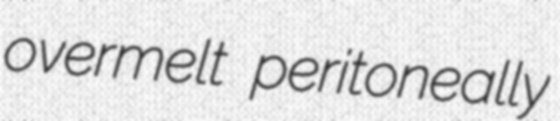
overmelt peritoneally